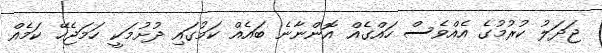
ޖަދަލު ކުރުމުގެ އެއްވެސް ހައްގެއް އޮންނާނެ ބައެއް ކަމުގައި ދުށުމަކީ ހަމަޖެހޭ ކަމެއް